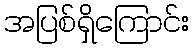
အပြစ်ရှိကြောင်း